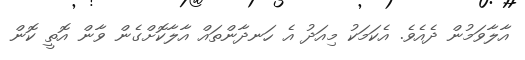
އާލާވަމުން ދެއެވެ. އެކަމަކު މިއަދު އެ ހަނދާންތައް އާލާކޮށްގެން ވާން އޮތީ ކޮން